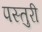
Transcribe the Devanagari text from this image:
पस्तुरी